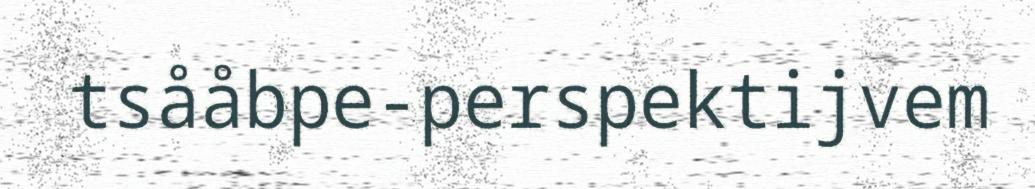
tsååbpe-perspektijvem